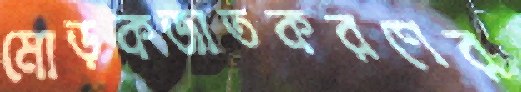
মোড়কজাতকরণের